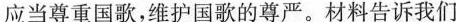
应当尊重国歌，维护国歌的尊严。材料告诉我们